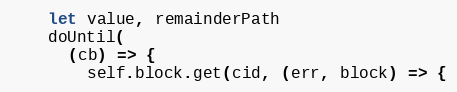
Language: JavaScript
    let value, remainderPath
    doUntil(
      (cb) => {
        self.block.get(cid, (err, block) => {